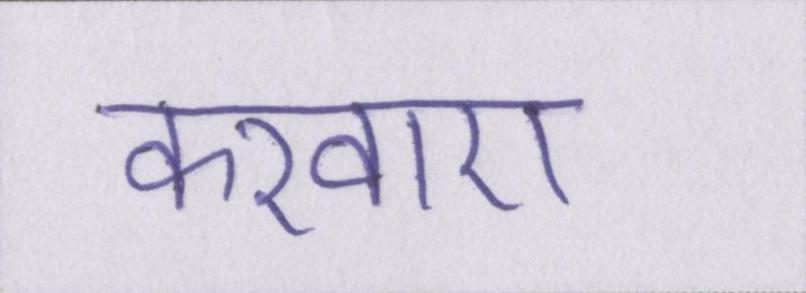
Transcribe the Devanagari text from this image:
करवाए